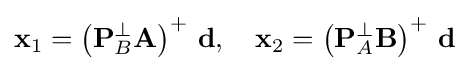
\mathbf {x} _{1}=\left(\mathbf {P} _{B}^{\perp }\mathbf {A} \right)^{+}\,\mathbf {d} ,\quad \mathbf {x} _{2}=\left(\mathbf {P} _{A}^{\perp }\mathbf {B} \right)^{+}\,\mathbf {d}